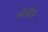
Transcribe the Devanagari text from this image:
श्रीसद्गुरू